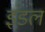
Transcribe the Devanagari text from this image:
इंडल